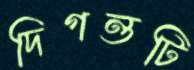
দিগন্তটি